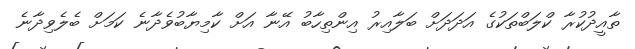
ތާއީދުކުރާ ކްލަބްތަކުގެ އަދަދަށް ބަލާއިރު އިންތިހާބު އޭނާ އަށް ކާމިޔާބުވެދާނެ ކަމަށް ބެލެވިދާނެ